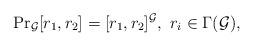
LaTeX: \begin{align*} \mathrm{Pr}_{\mathcal G} [r_{1}, r_{2} ] = [r_{1}, r_{2} ]^{\mathcal G},\ r_{i}\in \Gamma (\mathcal G ),\end{align*}